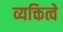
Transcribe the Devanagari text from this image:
व्यक्तित्वे